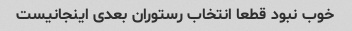
خوب نبود قطعا انتخاب رستوران بعدی اینجانیست